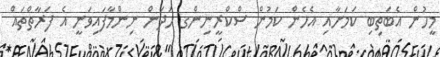
މީހުން އެބަތިބި ކަމަށާއި އެހެން ކަމުން ސްކްރީނިންގ ހަދަން ނިންމާފައިވަނީ އެ ފަރާތްތައް